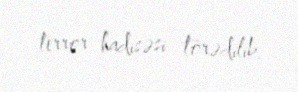
terror hadisəsi törədilib.